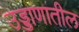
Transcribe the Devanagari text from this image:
उड्डाणातील